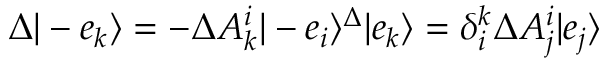
\Delta | - e _ { k } \rangle = - \Delta A _ { k } ^ { i } | - e _ { i } \rangle \sp \Delta | e _ { k } \rangle = \delta _ { i } ^ { k } \Delta A _ { j } ^ { i } | e _ { j } \rangle